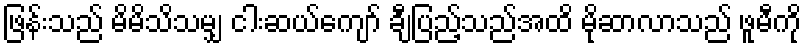
ဖြန်းသည် မိမိသိသမျှ ငါးဆယ်ကျော် ချီပြည့်သည်အထိ မိုဆာလာသည် ဖူမီကို